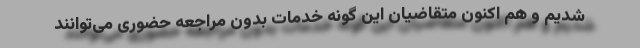
شدیم و هم اکنون متقاضیان این گونه خدمات بدون مراجعه حضوری می‌توانند